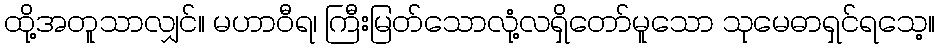
ထို့အတူသာလျှင်။ မဟာဝီရ၊ ကြီးမြတ်သောလုံ့လရှိတော်မူသော သုမေဓာရှင်ရသေ့။